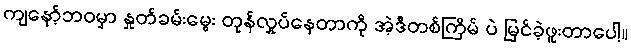
ကျနော့်ဘဝမှာ နှုတ်ခမ်းမွေး တုန်လှုပ်နေတာကို အဲ့ဒီတစ်ကြိမ် ပဲ မြင်ခဲ့ဖူးတာပေါ့။